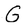
Character: G